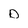
Character: D